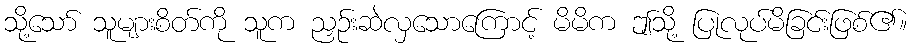
သို့သော် သူများစိတ်ကို သူက ညှဉ်းဆဲလှသောကြောင့် မိမိက ဤသို့ ပြုလုပ်မိခြင်းဖြစ်၏။